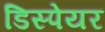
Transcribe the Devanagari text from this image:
डिस्पेयर